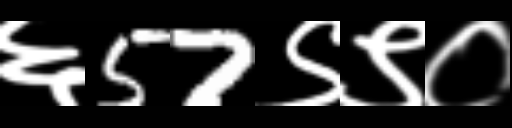
Text: ६57९९०